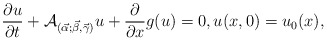
\begin{align*}\frac{\partial u}{\partial t} + {\cal A}_ {(\vec \alpha;\vec \beta, \vec \gamma)}u + \frac{\partial}{\partial x}g(u) = 0, u(x,0) = u_0(x), \end{align*}